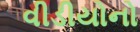
વીડીયોનો